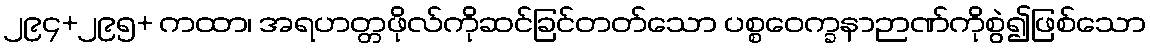
၂၉၄+၂၉၅+ ကထာ၊ အရဟတ္တဖိုလ်ကိုဆင်ခြင်တတ်သော ပစ္စဝေက္ခနာဉာဏ်ကိုစွဲ၍ဖြစ်သော